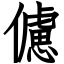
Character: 儢